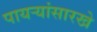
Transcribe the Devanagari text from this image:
पायऱ्यांसारखे